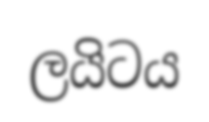
ලයිටය